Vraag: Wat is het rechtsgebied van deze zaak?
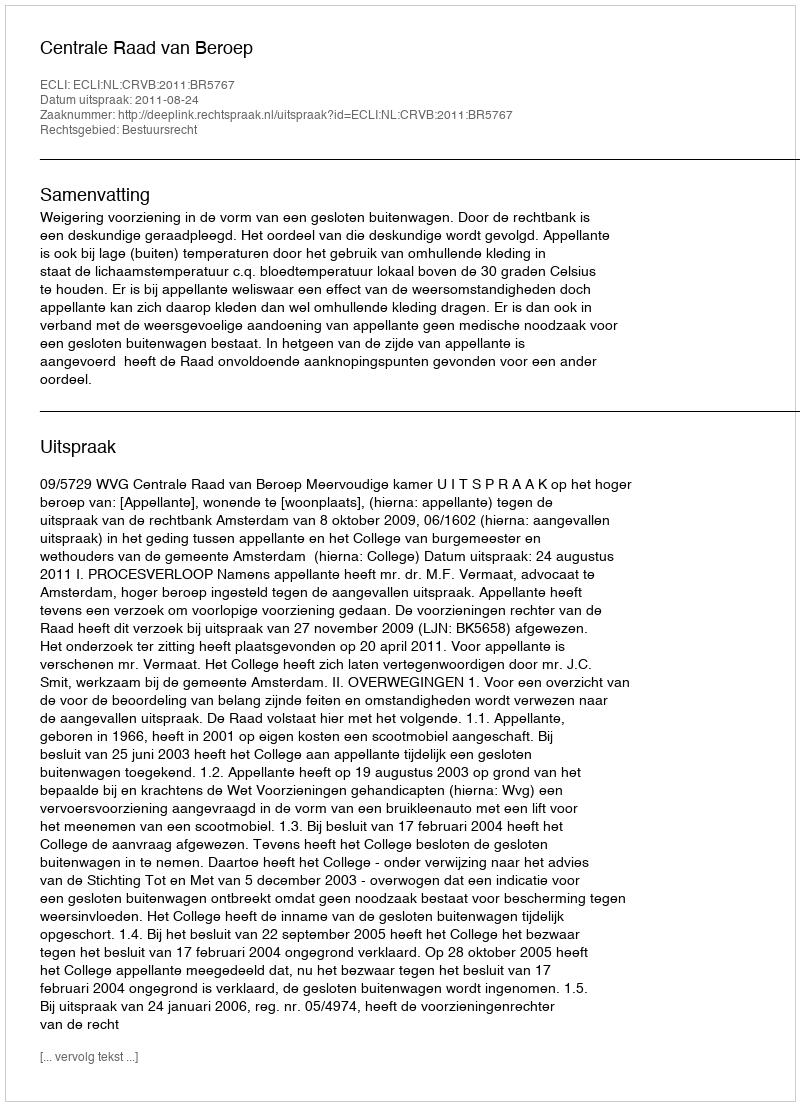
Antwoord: Bestuursrecht